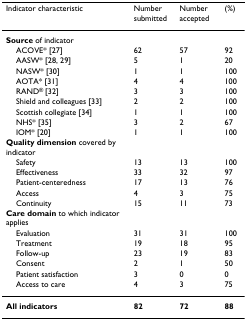
<table><thead><tr><td><b>Indicator characteristic</b></td><td><b>Number submitted</b></td><td><b>Number accepted</b></td><td><b>(%)</b></td></tr></thead><tbody><tr><td><b>Source </b>of indicator</td><td></td><td></td><td></td></tr><tr><td> ACOVE* [27]</td><td>62</td><td>57</td><td>92</td></tr><tr><td> AASW* [28, 29]</td><td>5</td><td>1</td><td>20</td></tr><tr><td> NASW* [30]</td><td>1</td><td>1</td><td>100</td></tr><tr><td> AOTA* [31]</td><td>4</td><td>4</td><td>100</td></tr><tr><td> RAND<sup>® </sup>[32]</td><td>3</td><td>3</td><td>100</td></tr><tr><td> Shield and colleagues [33]</td><td>2</td><td>2</td><td>100</td></tr><tr><td> Scottish collegiate [34]</td><td>1</td><td>1</td><td>100</td></tr><tr><td> NHS* [35]</td><td>3</td><td>2</td><td>67</td></tr><tr><td> IOM* [20]</td><td>1</td><td>1</td><td>100</td></tr><tr><td><b>Quality dimension </b>covered by indicator</td><td></td><td></td><td></td></tr><tr><td> Safety</td><td>13</td><td>13</td><td>100</td></tr><tr><td> Effectiveness</td><td>33</td><td>32</td><td>97</td></tr><tr><td> Patient-centeredness</td><td>17</td><td>13</td><td>76</td></tr><tr><td> Access</td><td>4</td><td>3</td><td>75</td></tr><tr><td> Continuity</td><td>15</td><td>11</td><td>73</td></tr><tr><td><b>Care domain </b>to which indicator applies</td><td></td><td></td><td></td></tr><tr><td> Evaluation</td><td>31</td><td>31</td><td>100</td></tr><tr><td> Treatment</td><td>19</td><td>18</td><td>95</td></tr><tr><td> Follow-up</td><td>23</td><td>19</td><td>83</td></tr><tr><td> Consent</td><td>2</td><td>1</td><td>50</td></tr><tr><td> Patient satisfaction</td><td>3</td><td>0</td><td>0</td></tr><tr><td> Access to care</td><td>4</td><td>3</td><td>75</td></tr><tr><td><b>All indicators</b></td><td><b>82</b></td><td><b>72</b></td><td><b>88</b></td></tr></tbody></table>